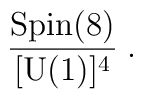
{\mbox{Spin}(8)\over [\mbox{U}(1)]^4}\;.